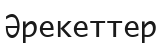
Әрекеттер